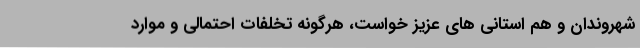
شهروندان و هم استانی های عزیز خواست، هرگونه تخلفات احتمالی و موارد